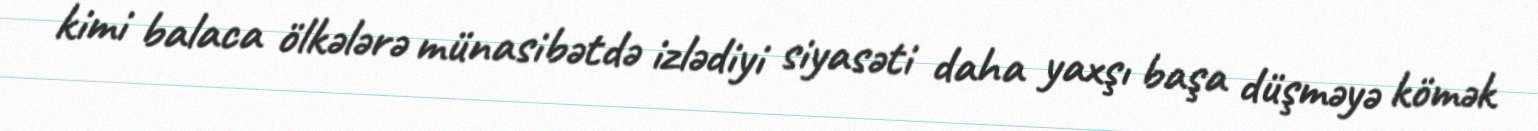
kimi balaca ölkələrə münasibətdə izlədiyi siyasəti daha yaxşı başa düşməyə kömək